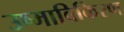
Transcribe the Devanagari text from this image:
उष्माविकिरण